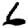
Digit: 6